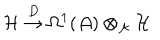
\frac { { \cal H } \buildrel D } { \rightarrow \Omega ^ { 1 } ( { \cal A } ) \otimes _ { \cal A } { \cal H } }